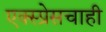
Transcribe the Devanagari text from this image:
एक्स्प्रेसचाही